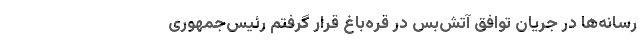
رسانه‌ها در جریان توافق آتش‌بس در قره‌باغ قرار گرفتم رئیس‌جمهوری